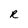
Character: R